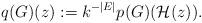
LaTeX: \begin{align*}q(G)(z):=k^{-|E|}p(G)(\mathcal{H}(z)).\end{align*}